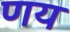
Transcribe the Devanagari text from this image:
णय